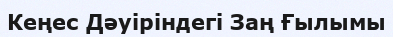
Кеңес Дәуіріндегі Заң Ғылымы